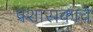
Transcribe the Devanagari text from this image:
प्रशासकाचे